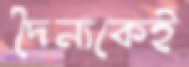
দৈন্যকেই